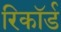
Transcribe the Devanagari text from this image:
रिकाॅर्ड